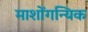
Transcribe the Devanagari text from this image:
माशोंगन्यिक